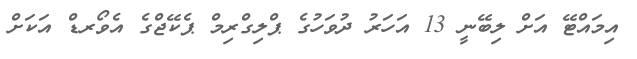
އިމައްޓޭ އަށް ލިބޭނީ 13 އަހަރު ދުވަހުގެ ޕްލިގްރިމް ޕެކޭޖްގެ އެވޯރޑް އަކަށް